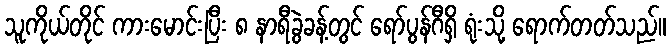
သူကိုယ်တိုင် ကားမောင်းပြီး ၈ နာရီခွဲခန့်တွင် ရော်ပွန်ဂီရှိ ရုံးသို့ ရောက်တတ်သည်။